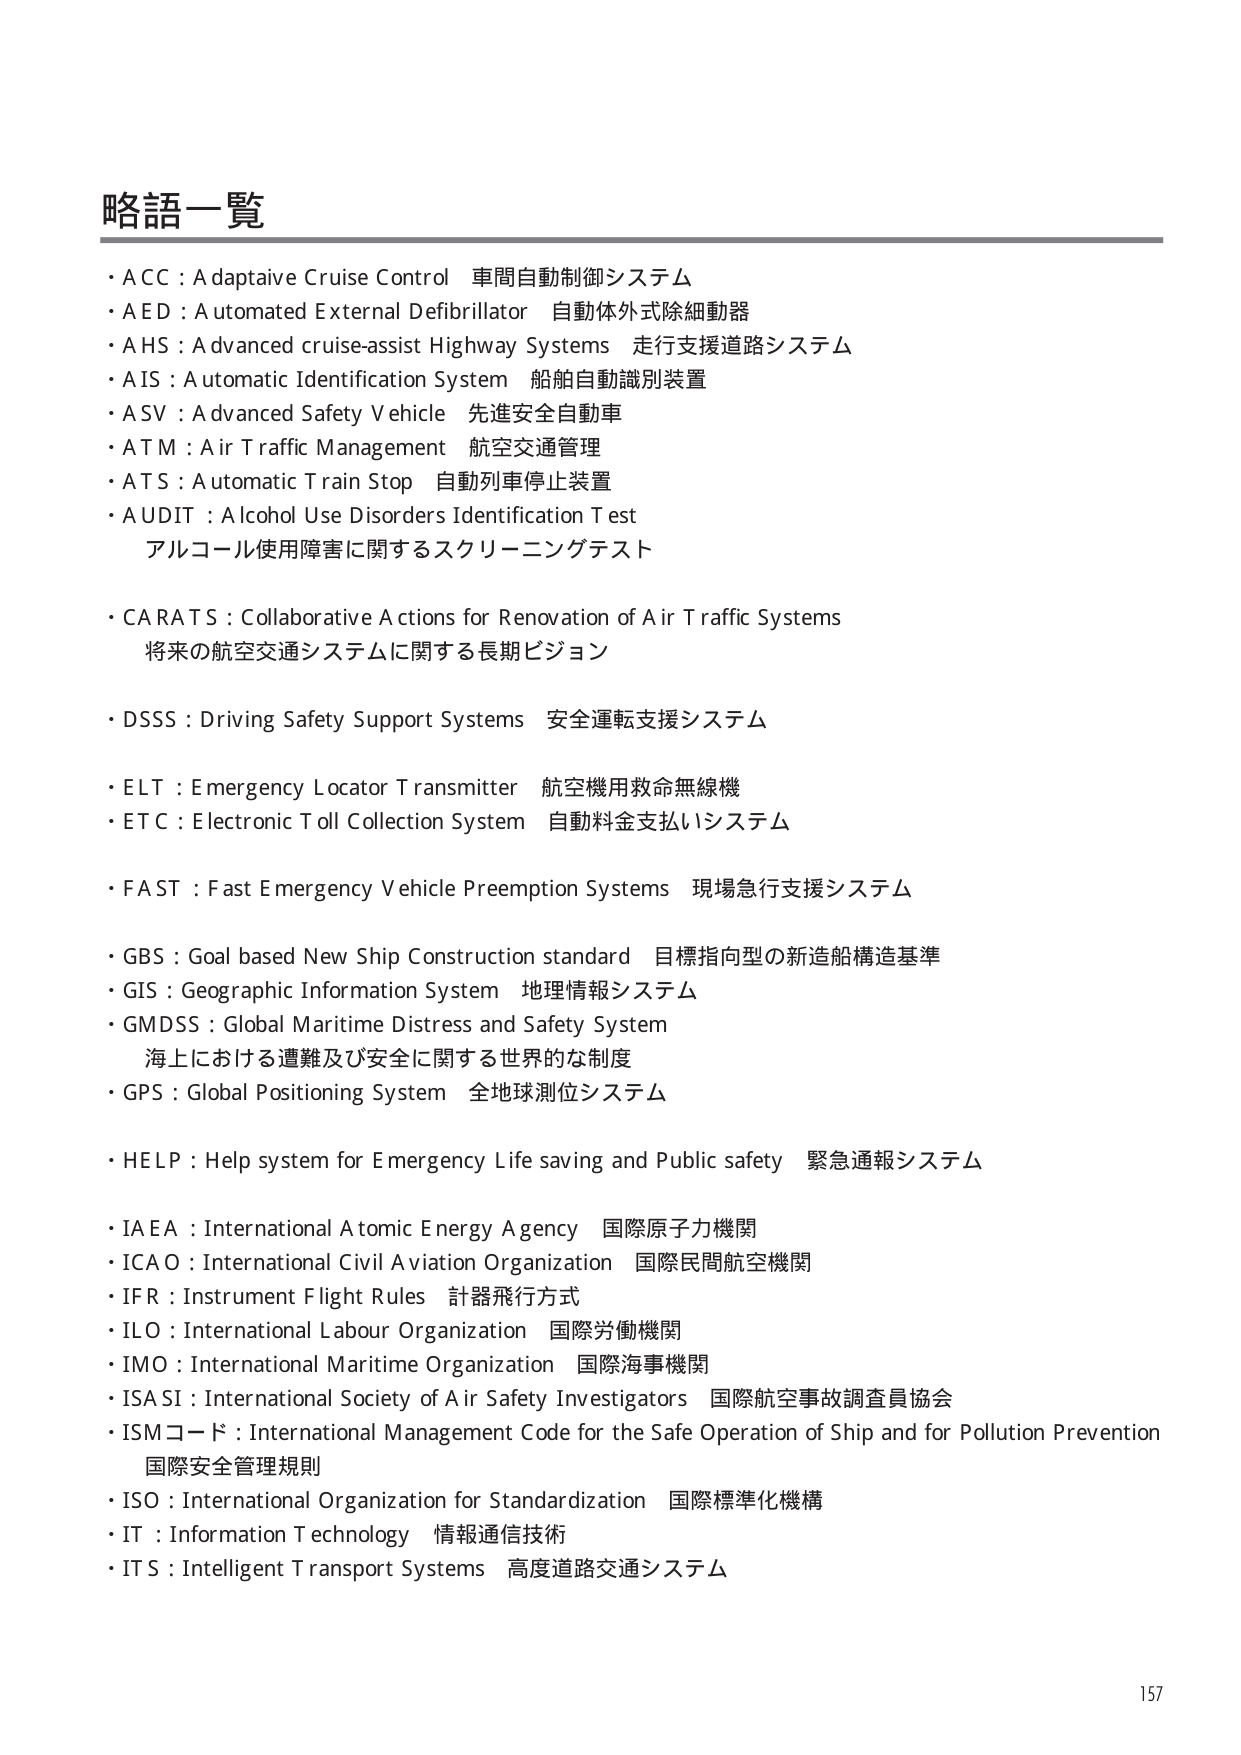
略語一覧

・ACC：Adaptive Cruise Control 車間自動制御システム
・AED：Automated External Defibrillator 自動体外式除細動器
・AHS：Advanced cruise-assist Highway Systems 走行支援道路システム
・AIS：Automatic Identification System 船舶自動識別装置
・ASV：Advanced Safety Vehicle 先進安全自動車
・ATM：Air Traffic Management 航空交通管理
・ATS：Automatic Train Stop 自動列車停止装置
・AUDIT：Alcohol Use Disorders Identification Test アルコール使用障害に関するスクリーニングテスト

・CARATS：Collaborative Actions for Renovation of Air Traffic Systems 将来の航空交通システムに関する長期ビジョン

・DSSS：Driving Safety Support Systems 安全運転支援システム

・ELT：Emergency Locator Transmitter 航空機用救命無線機
・ETC：Electronic Toll Collection System 自動料金支払いシステム

・FAST：Fast Emergency Vehicle Preemption Systems 現場急行支援システム

・GBS：Goal based New Ship Construction standard 目標指向型の新造船構造基準
・GIS：Geographic Information System 地理情報システム
・GMDSS：Global Maritime Distress and Safety System 海上における遭難及び安全に関する世界的な制度
・GPS：Global Positioning System 全地球測位システム

・HELP：Help system for Emergency Life saving and Public safety 緊急通報システム

・IAEA：International Atomic Energy Agency 国際原子力機関
・ICAO：International Civil Aviation Organization 国際民間航空機関
・IFR：Instrument Flight Rules 計器飛行方式
・ILO：International Labour Organization 国際労働機関
・IMO：International Maritime Organization 国際海事機関
・ISASI：International Society of Air Safety Investigators 国際航空事故調査員協会
・ISMコード：International Management Code for the Safe Operation of Ship and for Pollution Prevention 国際安全管理規則
・ISO：International Organization for Standardization 国際標準化機構
・IT：Information Technology 情報通信技術
・ITS：Intelligent Transport Systems 高度道路交通システム

157